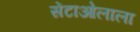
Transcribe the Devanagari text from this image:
सेंटाओलाला